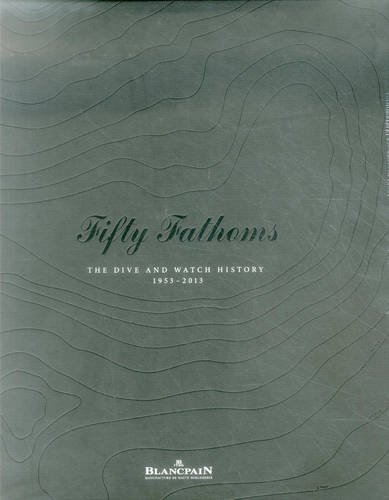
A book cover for Fifty Fathoms: The Dive and Watch History 1953-2013; Dietmar W. Fuchs; Crafts, Hobbies & Home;